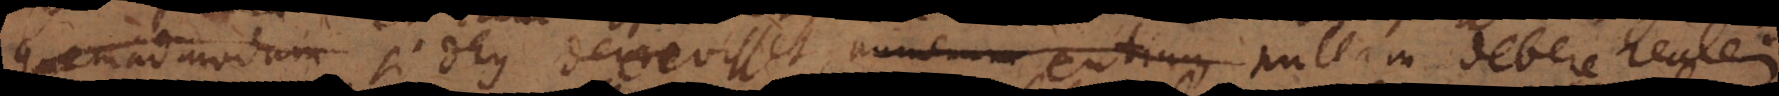
designari. Si Deus decrevisset, numerum entium nullam debere realem